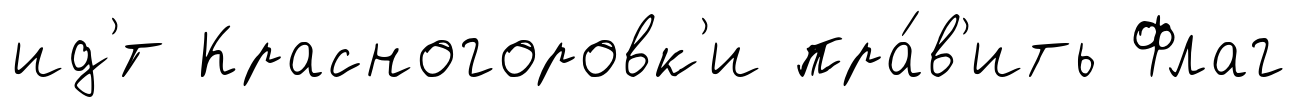
ид'́т Красногоровк'и пра́в'ить Флаг